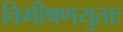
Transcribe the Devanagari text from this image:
विभीषणयुताः